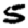
Digit: 5